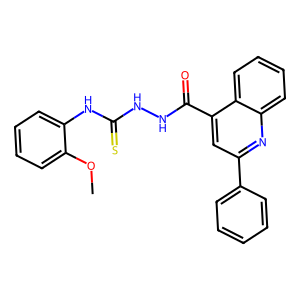
SMILES: COc1ccccc1NC(=S)NNC(=O)c1cc(-c2ccccc2)nc2ccccc12
Inhibits HIV replication: No